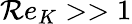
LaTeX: \mathcal{R}e_{K}>>1